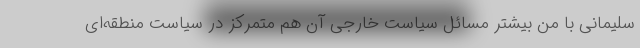
سلیمانی با من بیشتر مسائل سیاست خارجی آن هم متمرکز در سیاست منطقه‌ای